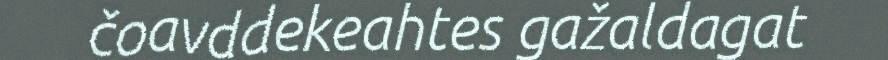
čoavddekeahtes gažaldagat